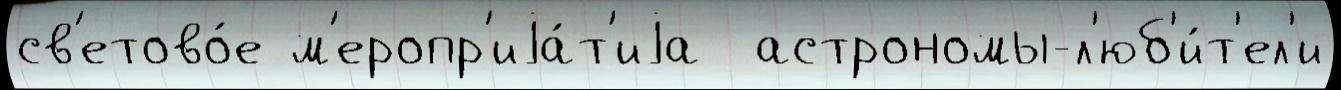
св'етово́е м'еропр'иjа́т'иjа  астрономы-л'юб'и́т'ел'и